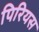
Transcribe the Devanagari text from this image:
पिरियस